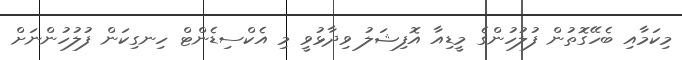
މިކަމާއި ބެހޭގޮތުން ފުލުހުންގެ މީޑިއާ އޮފިޝަލު ވިދާޅުވީ މި އެކްސިޑެންޓް ހިނގިކަން ފުލުހުންނަށް